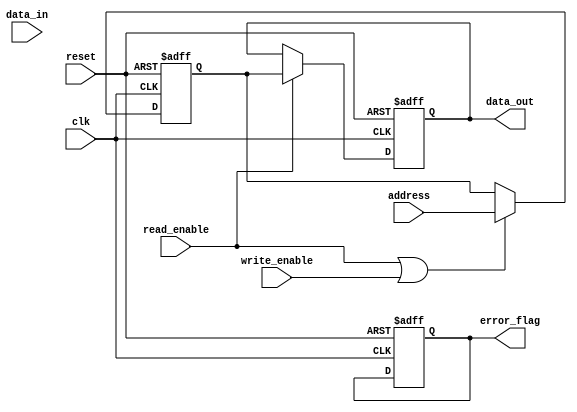
module memory_controller (
    // Inputs
    input wire clk,
    input wire reset,
    input wire read_enable,
    input wire write_enable,
    input wire [31:0] address,
    input wire [31:0] data_in,
    
    // Outputs
    output reg [31:0] data_out,
    output reg error_flag
);

// Address decoding logic
reg [31:0] memory_location;
always @ (posedge clk or posedge reset) begin
    if (reset) begin
        memory_location <= 32'h00000000;
    end else begin
        if (read_enable || write_enable) begin
            memory_location <= address;
        end
    end
end

// Data buffering
reg [31:0] data_buffer;
always @ (posedge clk or posedge reset) begin
    if (reset) begin
        data_buffer <= 32'h00000000;
    end else begin
        if (write_enable) begin
            data_buffer <= data_in;
        end
    end
end

// Read and write operations
always @ (posedge clk or posedge reset) begin
    if (reset) begin
        data_out <= 32'h00000000;
        error_flag <= 1'b0;
    end else begin
        if (read_enable) begin
            data_out <= memory_location;
        end
        if (write_enable) begin
            // Write data to memory module
            // Add error detection and correction logic here
        end
    end
end

endmodule